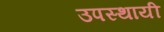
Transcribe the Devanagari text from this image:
उपस्थायी